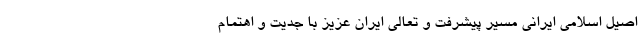
اصیل اسلامی ایرانی مسیر پیشرفت و تعالی ایران عزیز با جدیت و اهتمام